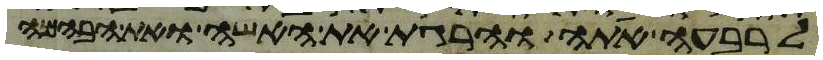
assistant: לרבעה אתה והרגת את האשה ואת הבהמה